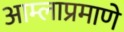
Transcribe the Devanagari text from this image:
आम्लाप्रमाणे